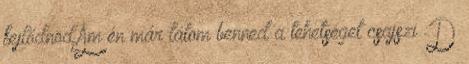
fejlődnöd.Ám én már látom benned a tehetséget csajszi :D